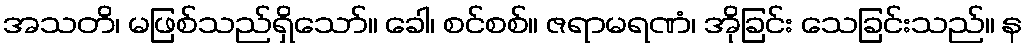
အသတိ၊ မဖြစ်သည်ရှိသော်။ ခေါ၊ စင်စစ်။ ဇရာမရဏံ၊ အိုခြင်း သေခြင်းသည်။ န